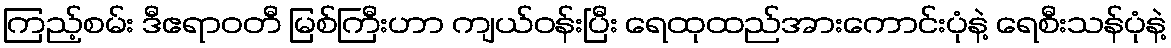
ကြည့်စမ်း ဒီဧရာဝတီ မြစ်ကြီးဟာ ကျယ်ဝန်းပြီး ရေထုထည်အားကောင်းပုံနဲ့ ရေစီးသန်ပုံနဲ့